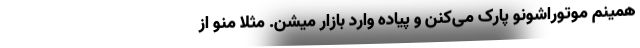
همینم موتوراشونو پارک می‌کنن و پیاده وارد بازار میشن. مثلا منو از